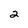
Character: 2